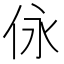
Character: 𠇟